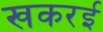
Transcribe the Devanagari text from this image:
खकरई